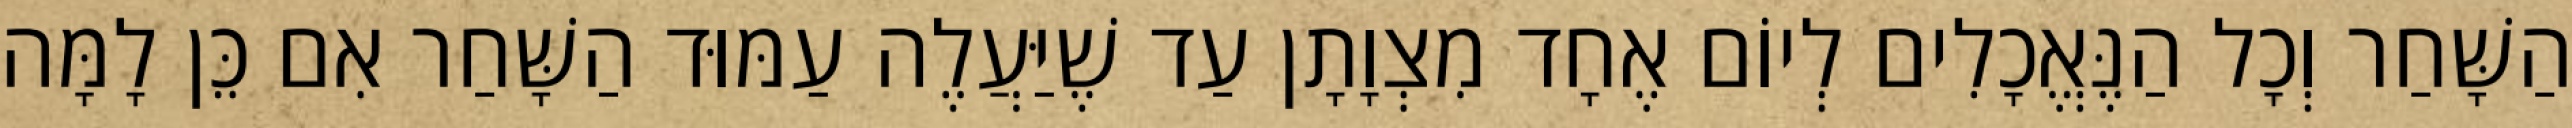
הַשָּׁחַר וְכָל הַנֶּאֱכָלִים לְיוֹם אֶחָד מִצְוָתָן עַד שֶׁיַּעֲלֶה עַמּוּד הַשָּׁחַר אִם כֵּן לָמָּה